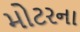
મોટરના